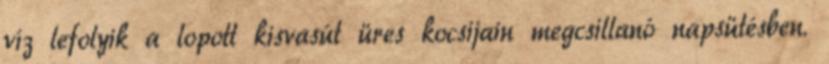
víz lefolyik a lopott kisvasút üres kocsijain megcsillanó napsütésben.